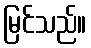
မြင်သည်။